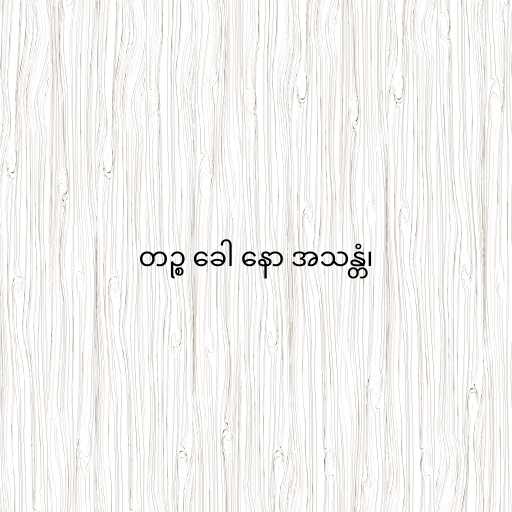
တဉ္စ ခေါ နော အသန္တံ၊